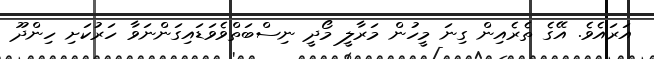
އަރައެވެ. އޭގެ ތެރެއިން ގިނަ މީހުން މަރާލީ މޯދީ ނިސްބަތްވެވަޑައިގަންނަވާ ހަރުކަށި ހިންދޫ